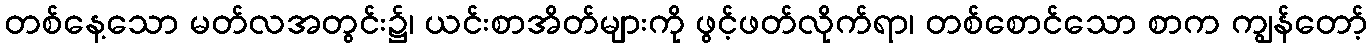
တစ်နေ့သော မတ်လအတွင်း၌၊ ယင်းစာအိတ်များကို ဖွင့်ဖတ်လိုက်ရာ၊ တစ်စောင်သော စာက ကျွန်တော့်